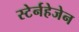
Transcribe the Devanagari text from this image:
स्टेर्नहेजेन